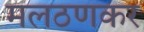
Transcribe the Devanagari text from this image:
मलठणकर